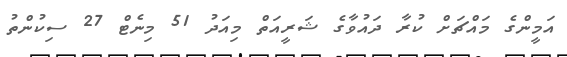
އަމީންގެ މައްޗަށް ކުރާ ދައުވާގެ ޝަރީއަތް މިއަދު 51 މިނެޓް 27 ސިކުންތު